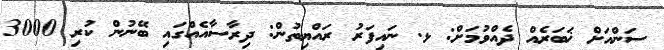
ސަންއަށް ޚަބަރެއް ދެއްވުމަށް: ޅ. ނައިފަރު ރައްޔިތުން: ދިރާސާއެއްގައި ބޭނުން ކުރި 3000